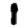
Digit: 1